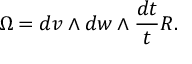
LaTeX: \Omega = d v \wedge d w \wedge \frac { d t } { t } R .